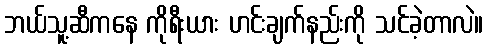
ဘယ်သူ့ဆီကနေ ကိုရီးယား ဟင်းချက်နည်းကို သင်ခဲ့တာလဲ။